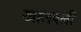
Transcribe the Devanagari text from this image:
खालवली